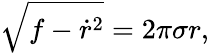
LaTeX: \sqrt{f-{\dot{r}^{2}}}=2\pi\sigma r,